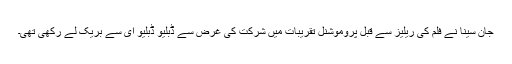
جان سینا نے فلم کی ریلیز سے قبل پروموشنل تقریبات میں شرکت کی غرض سے ڈبلیو ڈبلیو ای سے بریک لے رکھی تھی۔